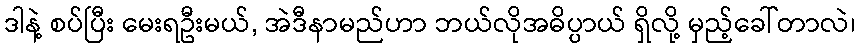
ဒါနဲ့ စပ်ပြီး မေးရဦးမယ်, အဲဒီနာမည်ဟာ ဘယ်လိုအဓိပ္ပာယ် ရှိလို့ မှည့်ခေါ်တာလဲ၊